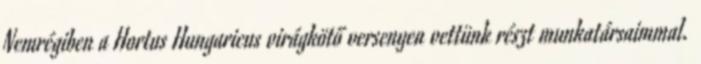
Nemrégiben a Hortus Hungaricus virágkötő versenyen vettünk részt munkatársaimmal.